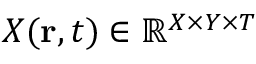
X ( \mathbf { r } , t ) \in \mathbb { R } ^ { X \times Y \times T }